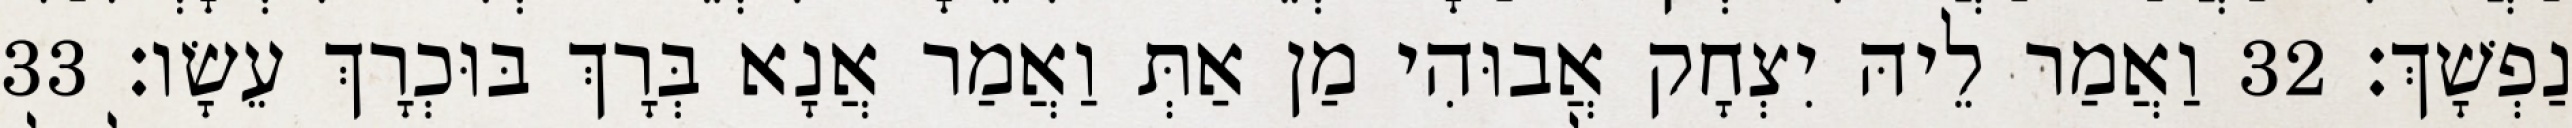
נַפְשָׁךְ׃ 32 וַאֲמַר לֵיהּ יִצְחָק אֲבוּהִי מַן אַתְּ וַאֲמַר אֲנָא בְּרָךְ בּוּכְרָךְ עֵשָׂו׃ 33